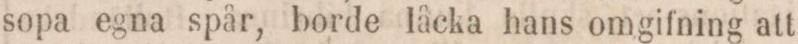
sopa egna spår, borde låcka hans omgifning att